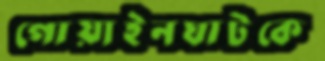
গোয়াইনঘাটকে